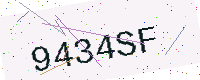
Text: 9434SF